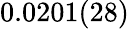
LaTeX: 0.0201(28)